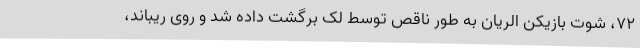
۷۲، شوت بازیکن الریان به طور ناقص توسط لک برگشت داده شد و روی ریباند،